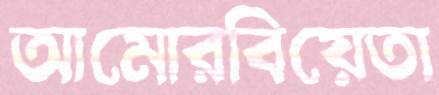
আমোরবিয়েতা